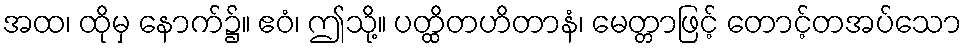
အထ၊ ထိုမှ နောက်၌။ ဧဝံ၊ ဤသို့။ ပတ္ထိတဟိတာနံ၊ မေတ္တာဖြင့် တောင့်တအပ်သော